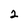
Character: 2